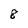
Character: 8